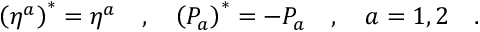
\left( \eta ^ { a } \right) ^ { * } = \eta ^ { a } \ \ \ , \ \ \ \left( { \cal P } _ { a } \right) ^ { * } = - { \cal P } _ { a } \ \ \ , \ \ \ a = 1 , 2 \ \ \ .